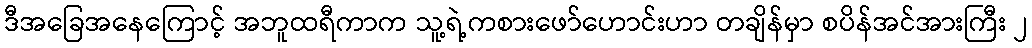
ဒီအခြေအနေကြောင့် အဘူထရီကာက သူ့ရဲ့ကစားဖော်ဟောင်းဟာ တချိန်မှာ စပိန်အင်အားကြီး ၂